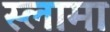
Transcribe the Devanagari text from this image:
स्लामा